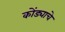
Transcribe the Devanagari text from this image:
कोंड्याचे